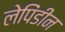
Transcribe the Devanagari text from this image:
लेपिंडीन